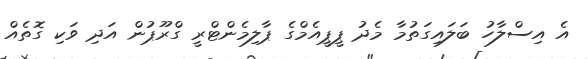
އެ އިސްލާހު ބަލައިގަތުމާ މެދު ޕީޕީއެމްގެ ޕާލިމެންޓްރީ ގްރޫޕުން އަދި ވަކި ގޮތެއް